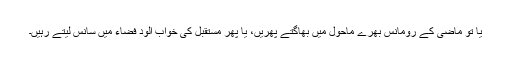
یا تو ماضی کے رومانس بھرے ماحول میں بھاگتے پھریں، یا پھر مستقبل کی خواب آلود فضاء میں سانس لیتے رہیں۔